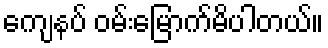
ကျေနပ် ဝမ်းမြောက်မိပါတယ်။